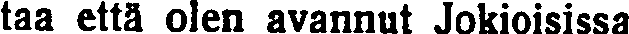
taa että olen avannut Jokioisissa